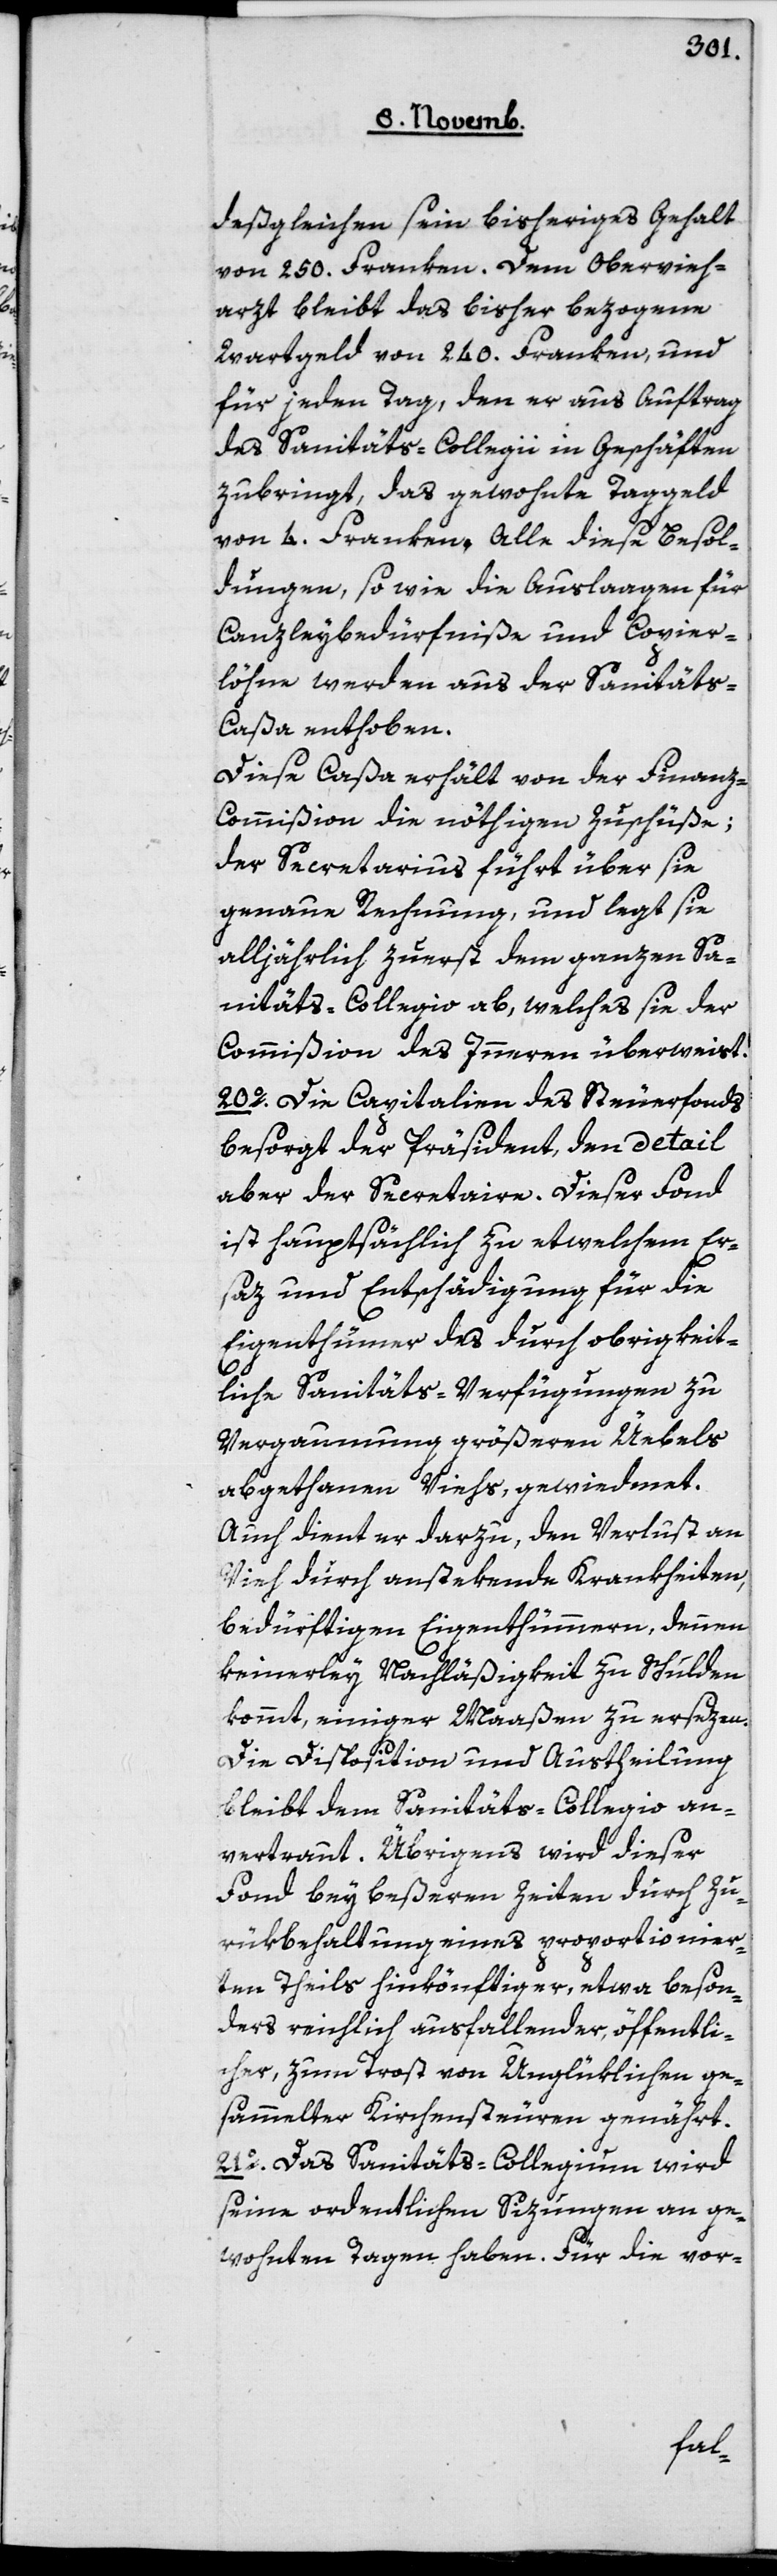
deßgleichen sein bisheriges Gehalt
von 250 Franken. Dem Obervieh¬
arzt bleibt das bisher bezogene
Wartgeld von 240 Franken, und
für jeden Tag, den er aus Auftrag
des Sanitäts-Collegii in Geschäften
zubringt, das gewohnte Taggeld
von 4 Franken. Alle diese Besol¬
dungen sowie die Auslagen für
Canzleibedürfniße und Copier¬
löhne werden aus der Sanitäts-C¬
aßa enthoben.
Diese Caßa erhält von der Finanz-C¬
ommißion die nöthigen Zuschüße;
der Secretarius führt über sie
genaue Rechnung, und legt sie
alljährlich zuerst dem ganzen Sa¬
nitäts-Collegio ab, welches sie der
Commißion des Inneren überweist.
20o Die Capitalien des Steuerfonds
besorgt der Präsident, den detail
aber der Secretaire. Dieser Fonds
ist hauptsächlich zu etwelchem Er¬
saz und Entschädigung für die
Eigenthümer des durch obrigkeit¬
liche Sanitäts-Verfügungen zu
Vergaumung größeren Übels
abgethanen Viehs, gewiedmet.
Auch dient er darzu, den Verlust an
Vieh durch anstekende Krankheiten,
bedürftigen Eigenthümmern, denen
keinerley Nachläßigkeit zu Schulden
kommt, einiger Maaßen zu ersezen.
Die Disposition und Austheilung
bleibt dem Sanitäts-Collegio an¬
vertraut. Übrigens wird dieser
Fonds bey beßeren Zeiten durch Zu¬
rükbehaltung eines proportionier¬
ten Theils hinkönftiger, etwa beson¬
ders reichlich ausfallender, öffentli¬
cher, zum Trost von Unglüklichen ge¬
sammelter Kirchensteuren genährt.
21o Das Sanitäts-Collegium wird
seine ordentliche Sizungen an ge¬
wohnten Tagen haben. Für die vor-